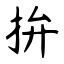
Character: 拚